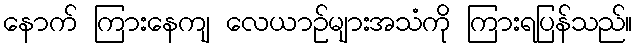
နောက် ကြားနေကျ လေယာဉ်များအသံကို ကြားရပြန်သည်။